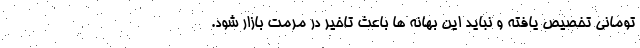
تومانی تخصیص یافته و نباید این بهانه ها باعث تاخیر در مرمت بازار شود.